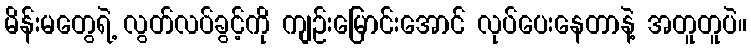
မိန်းမတွေရဲ့ လွတ်လပ်ခွင့်ကို ကျဉ်းမြောင်းအောင် လုပ်ပေးနေတာနဲ့ အတူတူပဲ။